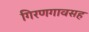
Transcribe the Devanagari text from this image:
गिरणगावसह